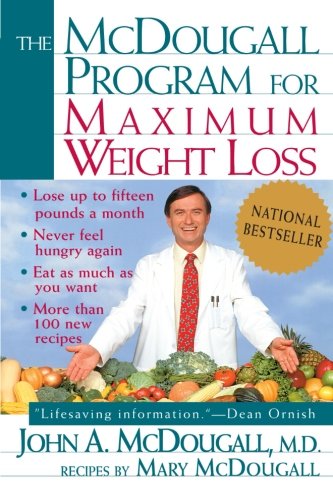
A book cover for The McDougall Program for Maximum Weight Loss; John A. McDougall; Cookbooks, Food & Wine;